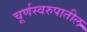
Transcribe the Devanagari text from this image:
चूर्णस्वरुपातील